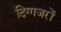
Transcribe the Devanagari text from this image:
दिग्गजरों